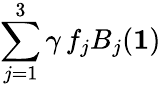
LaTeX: \sum_{j=1}^{3}\gamma\, f_{j}B_{j}(\mathbf{1})